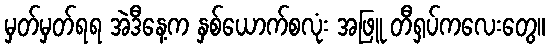
မှတ်မှတ်ရရ အဲဒီနေ့က နှစ်ယောက်စလုံး အဖြူ တီရှပ်ကလေးတွေ။